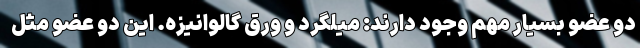
دو عضو بسیار مهم وجود دارند: میلگرد و ورق گالوانیزه. این دو عضو مثل